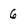
Character: 6